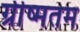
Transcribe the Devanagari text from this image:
ग्रीष्मतम